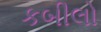
કબીલો